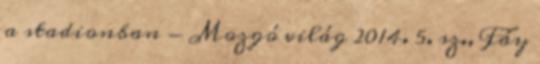
a stadionban - Mozgó világ 2014. 5. sz., Fáy